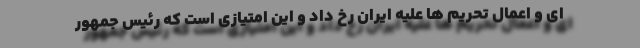
ای و اعمال تحریم ها علیه ایران رخ داد و این امتیازی است که رئیس جمهور